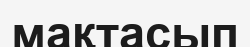
мақтасып